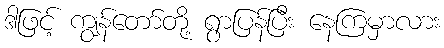
ဒါဖြင့် ကျွန်တော်တို့ ရွာပြန်ပြီး နေကြမှာလား